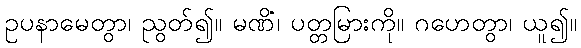
ဥပနာမေတွာ၊ ညွတ်၍။ မဏိံ၊ ပတ္တမြားကို။ ဂဟေတွာ၊ ယူ၍။